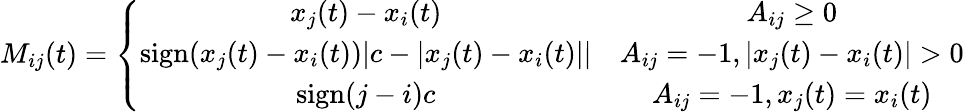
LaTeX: M_{ij}(t)=\left\{ \begin{array}{cc}{x_{j}(t)-x_{i}(t)}&{A_{ij}\geq 0}\\ {\mathrm{sign}(x_{j}(t)-x_{i}(t))|c-|x_{j}(t)-x_{i}(t)||}&{A_{ij}=-1,|x_{j}(t)-x_{i}(t)|>0}\\ {\mathrm{sign}(j-i)c}&{A_{ij}=-1,x_{j}(t)=x_{i}(t)}\end{array}\right.